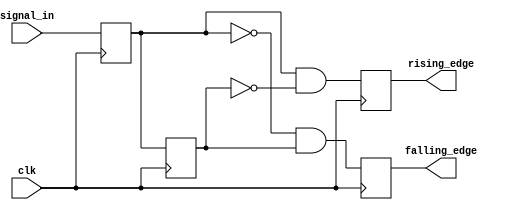
module edge_detector (
    input wire clk,            // Clock signal
    input wire signal_in,      // Input signal to monitor
    output reg rising_edge,    // Output signal for rising edge detection
    output reg falling_edge     // Output signal for falling edge detection
);

    // Memory blocks to store previous and current states
    reg previous_state;
    reg current_state;

    // Always block triggered on the rising edge of the clock
    always @(posedge clk) begin
        // Update the current state with the input signal
        current_state <= signal_in;

        // Edge detection logic
        rising_edge <= (current_state == 1'b1 && previous_state == 1'b0);
        falling_edge <= (current_state == 1'b0 && previous_state == 1'b1);

        // Update previous state for the next clock cycle
        previous_state <= current_state;
    end

    // Initialize previous_state to avoid undefined behavior
    initial begin
        previous_state = 1'b0; // Assuming initial state is low
        rising_edge = 1'b0;
        falling_edge = 1'b0;
    end

endmodule